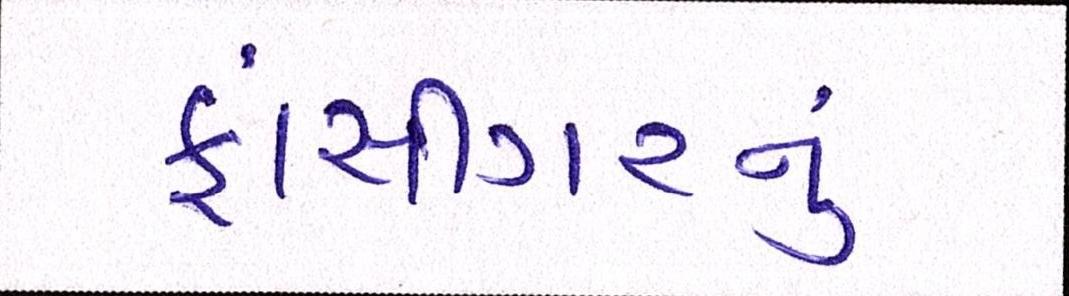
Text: ફાંસીગરનું